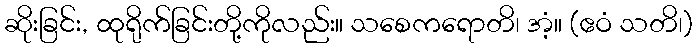
ဆိုးခြင်း, ထုရိုက်ခြင်းတို့ကိုလည်း။ သစေကရောတိ၊ အံ့။ (ဧဝံ သတိ၊)